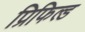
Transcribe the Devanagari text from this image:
प्रिफिल्ड